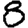
Digit: 8